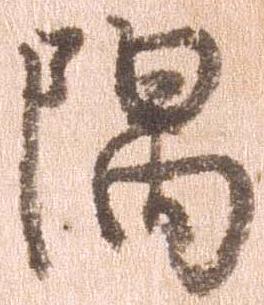
隅